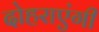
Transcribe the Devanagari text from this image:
दोहराएंगी